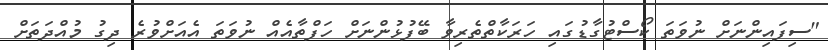
"ސިފައިންނަށް ނުވަތަ ކޯސްޓުގާޑުގައި ހަރަކާތްތެރިވާ ބޭފުޅުންނަށް ހަފްތާއެއް ނުވަތަ އެއަށްވުރެ ދިގު މުއްދަތަށް